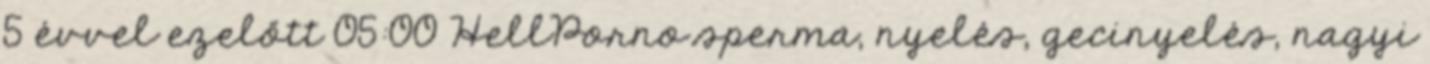
5 évvel ezelőtt 05:00 HellPorno sperma, nyelés, gecinyelés, nagyi